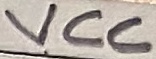
Text: VCC